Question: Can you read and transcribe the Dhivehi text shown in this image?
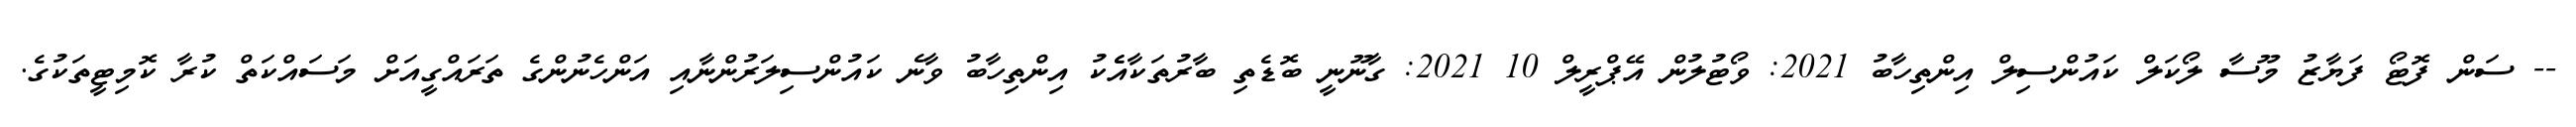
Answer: -- ސަން ފޮޓޯ ފަޔާޒު މޫސާ ލޯކަލް ކައުންސިލް އިންތިހާބު 2021: ވޯޓުލުން އޭޕްރީލް 10 2021: ގާނޫނީ ބޮޑެތި ބާރުތަކާއެެކު އިންތިހާބު ވާނެ ކައުންސިލަރުންނާއި އަންހެނުންގެ ތަރައްގީއަށް މަސައްކަތް ކުރާ ކޮމިޓީތަކުގެ.